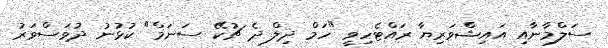
ސަލްމާނާއި އައިޝްވަރިޔާ ރައްޓެހިވީ "ހަމް ދިލް ދެ ޗުކޭ ސަނަމް" ކުޅުނު ދުވަސްވަރު